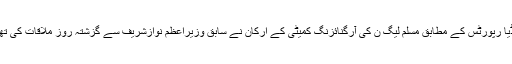
میڈیا رپورٹس کے مطابق مسلم لیگ ن کی آرگنائزنگ کمیٹی کے ارکان نے سابق وزیراعظم نوازشریف سے گزشتہ روز ملاقات کی تھی۔